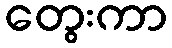
တွေးကာ